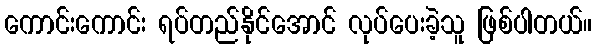
ကောင်းကောင်း ရပ်တည်နိုင်အောင် လုပ်ပေးခဲ့သူ ဖြစ်ပါတယ်။